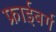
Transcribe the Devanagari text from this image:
फ्राईबर्ग